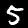
Label: 5